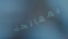
بمعالجة